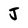
Character: J